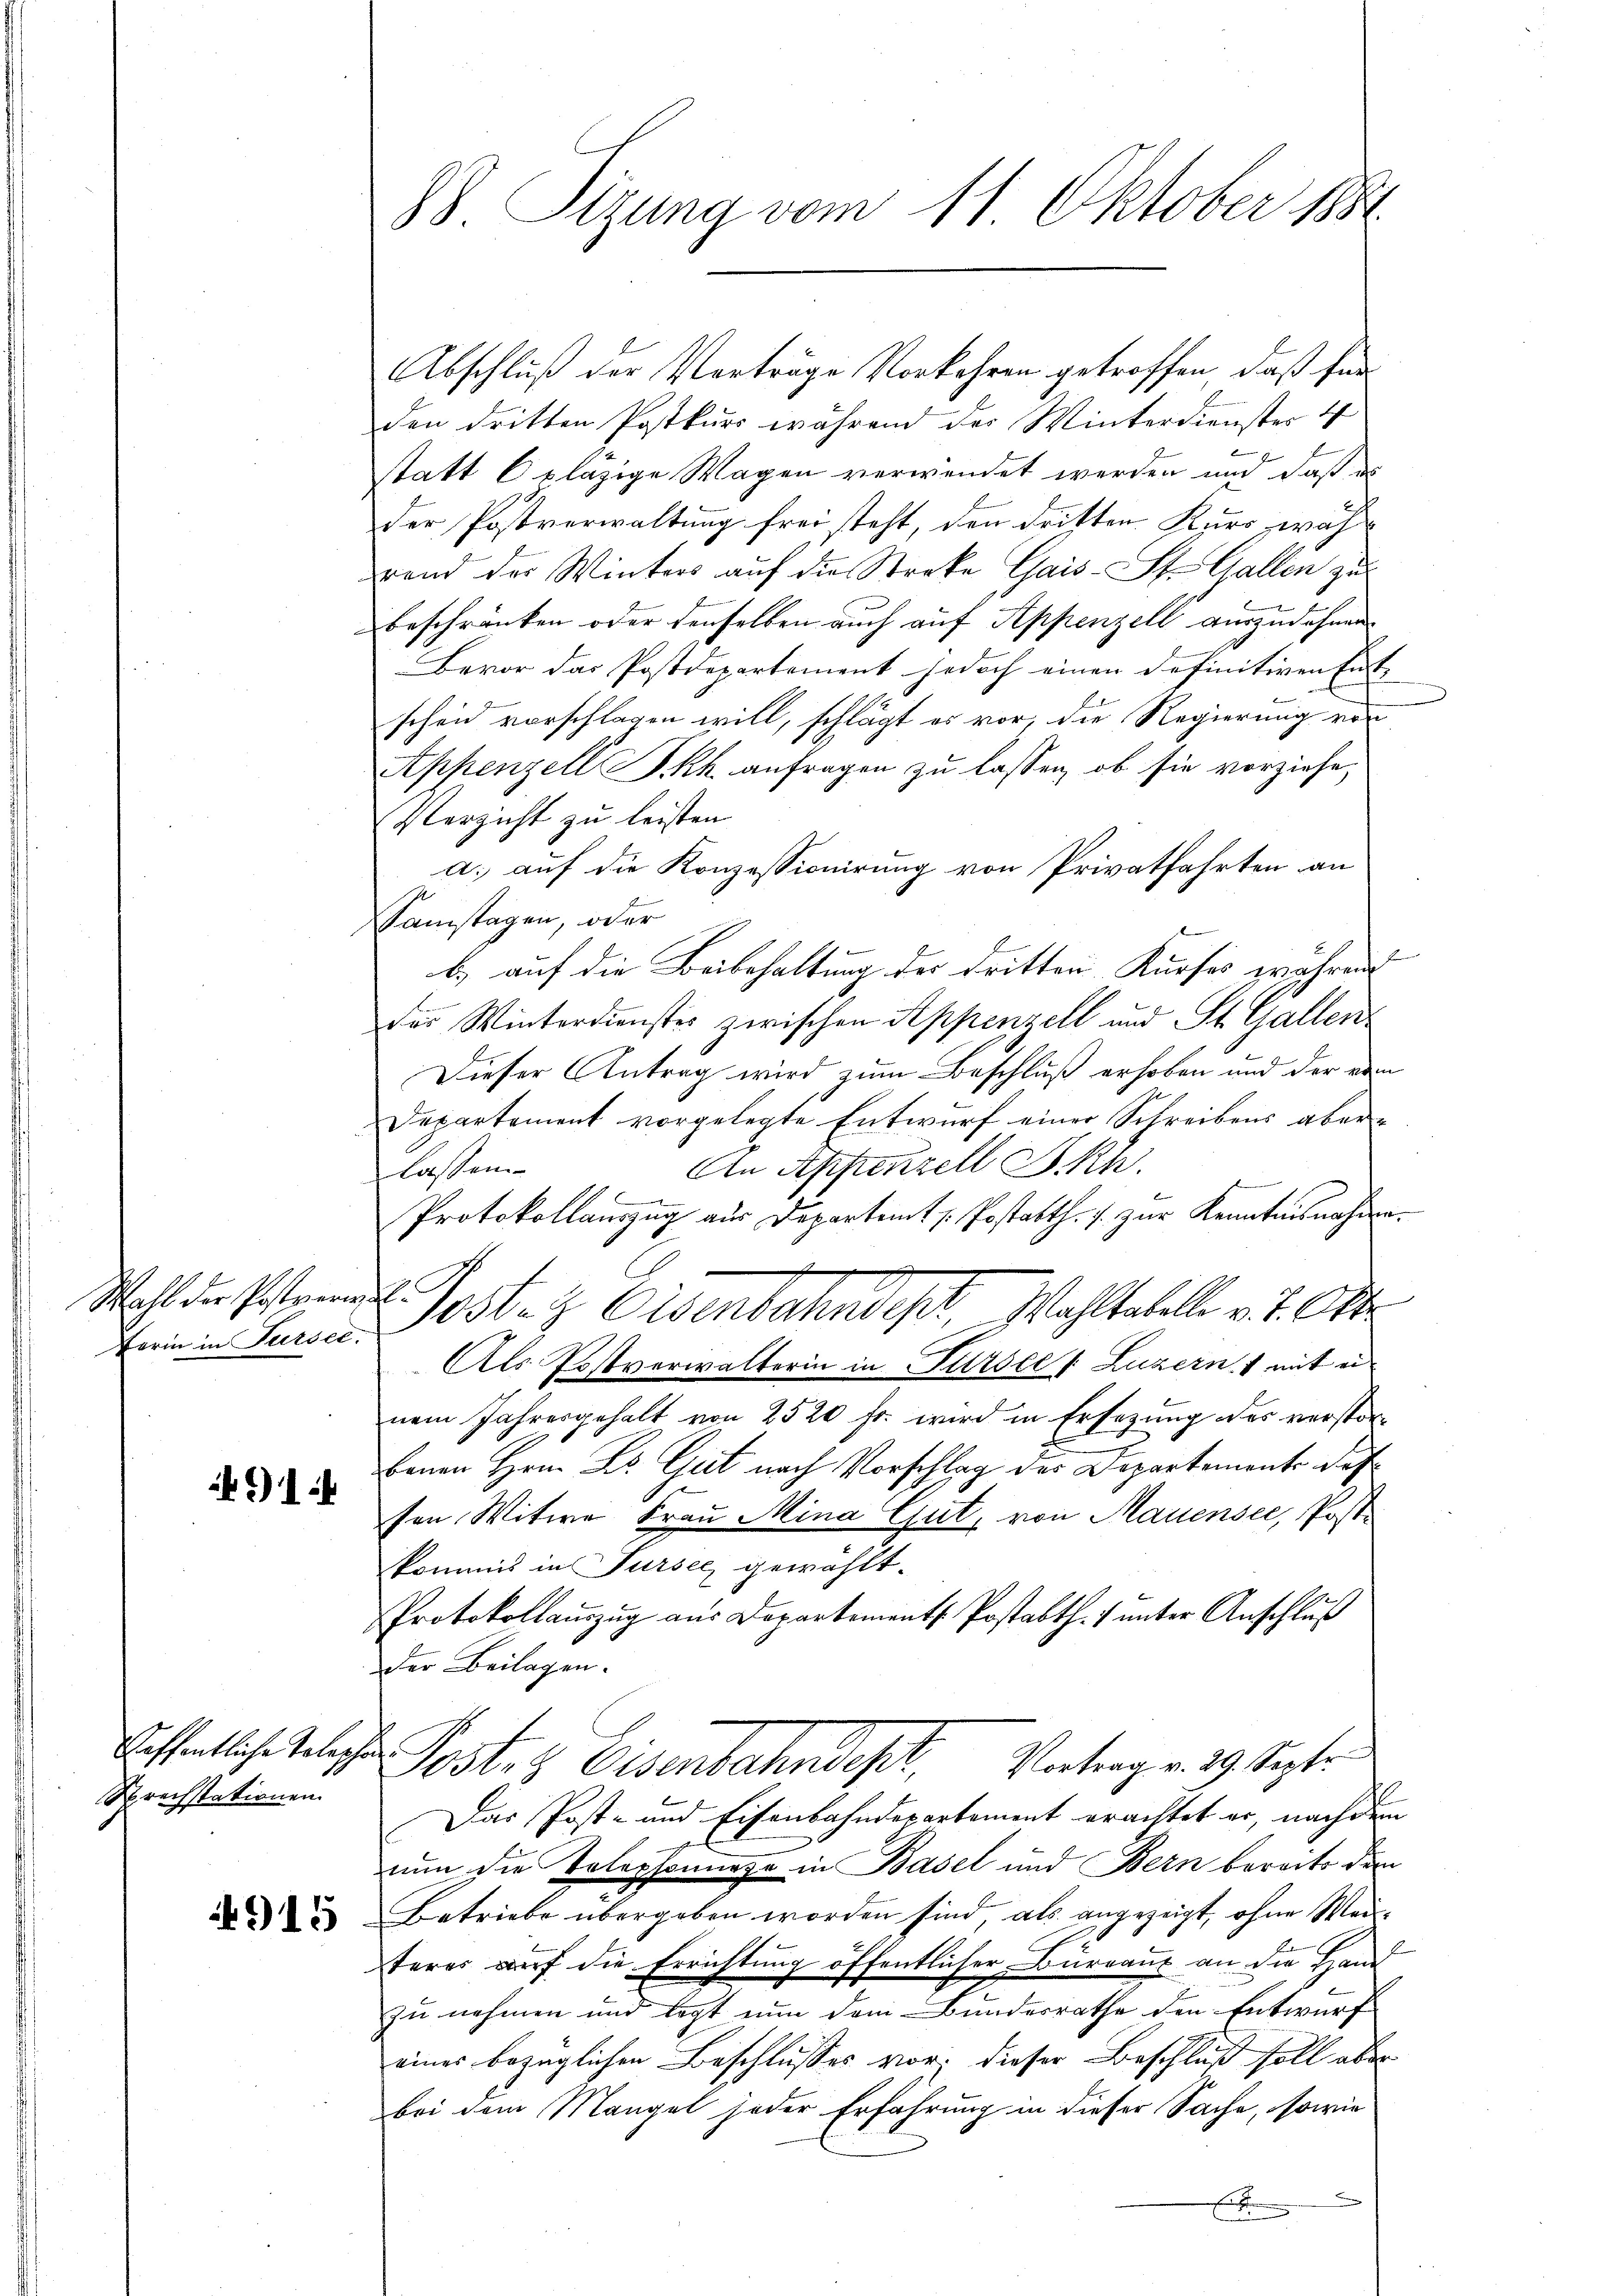
Wahl der Postverin
Ferin in Fusset.

1

Sprechstationen

4915

88 Sizung vom 11 Oktober 188

Abschluß der Verträge Vorkehren getroffen, daß für
den dritten Postkurs während der Winterdienster 4
statt C plazige Wagen verwendet werden und daß es
der Postverwaltung frei steht, den dritten Kurs während der Winters auf die Streke Gais. St. Gallen zu
beschränken oder denselben auch auf Appenzell auszudehnen
Bevor das Postdepartement jedoch einen definitiven Ent-
scheid vorschlagen will, schlägt es vor, die Regierung von
Appenzell I.Rh. anfragen zu lassen, ob sie vorziehe,
Verzicht zu leisten.
a. auf die Konzessionirung von Privatfahrten an
Samstagen, oder
b.) auf die Beibehaltung der dritten Kurses währen
l
des Winterdienstes zwischen Appenzell und St. Gallen
Dieser Antrag wird zum Beschluß erhoben und der von
Departement vorgelegte Entwurf einer Schreibens aber¬
An Appenzell I.Rh.
lassen.
Protokollauszug aus Departemt / Postatth. J. zur Kenntnisnahme.
.
Postenz Osenbahndisch, Wohltatelle v. 6. Okt
Als Postverwalterin in Sursee /: Luzern, mit ei
nem Jahresgehalt von 2520 fr. wird in Ersetzung des verstorbenen Hrn. Dr. Gut nach Vorschlag des Departement de
u
.
son, Witwe Frau Mina Gut, von Mauensee, Postskommis in Sursee gewählt.
Protokollauszug aus Departement. Postatth. unter Anschluß
Der Beilagen.
offentliche Telegte Posten Eisenbahndepr
Vortrag v. 29. Septr.
Das Post- und Eisenbahndepartement erachtet er, nachdem
nun die Telephonnage in Basel und Bern bereits den
Betriebe übergeben worden sind, als angezeigt, ohne Weisteres auf die Errichtung öffentlicher Burraus an die Hand
zu nehmen und legt nun dem Bundesrathe den Entwurf
eines bezüglichen Beschlußes vor; dieser Beschluß soll aber
bei dem Mangel jeder Erfahrung in dieser Sache, sowie
.